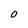
Character: O